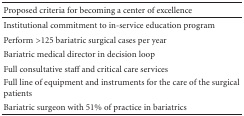
<table><thead><tr><td><b>Proposed criteria for becoming a center of excellence</b></td><td></td></tr></thead><tbody><tr><td>Institutional commitment to in-service education program</td><td></td></tr><tr><td>Perform &gt;125 bariatric surgical cases per year</td><td></td></tr><tr><td>Bariatric medical director in decision loop</td><td></td></tr><tr><td>Full consultative staff and critical care services</td><td></td></tr><tr><td>Full line of equipment and instruments for the care of the surgical patients</td><td></td></tr><tr><td>Bariatric surgeon with 51% of practice in bariatrics</td><td></td></tr></tbody></table>